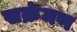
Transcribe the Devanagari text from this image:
सक्रंमण